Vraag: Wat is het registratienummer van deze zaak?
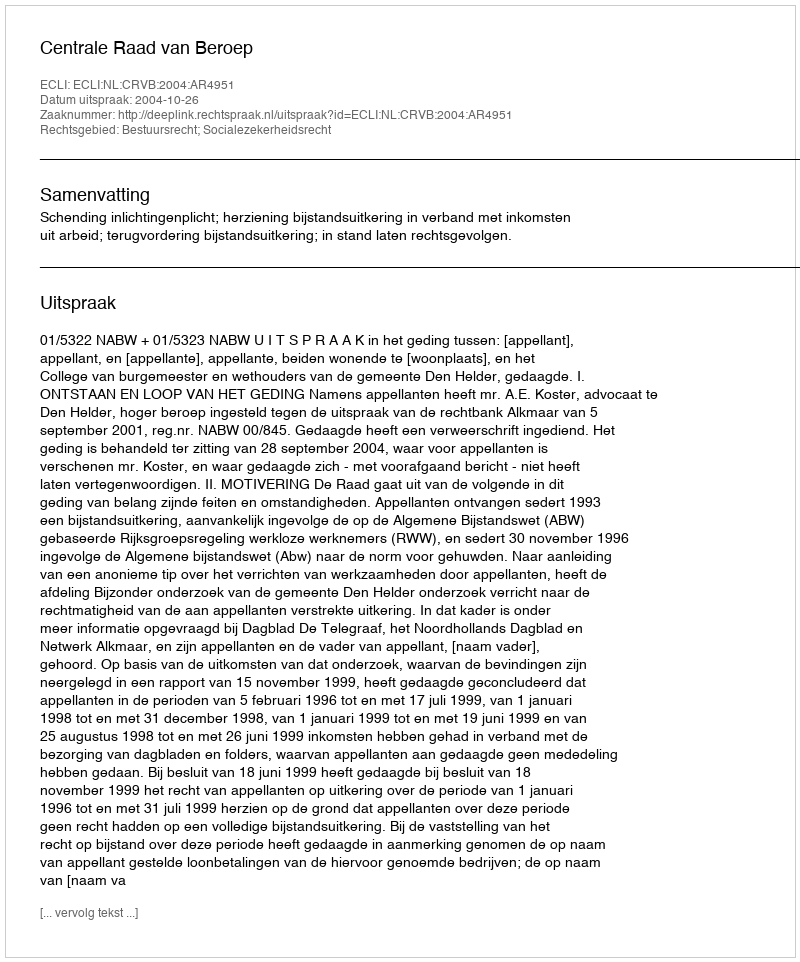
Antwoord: http://deeplink.rechtspraak.nl/uitspraak?id=ECLI:NL:CRVB:2004:AR4951